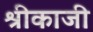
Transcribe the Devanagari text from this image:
श्रीकाजी